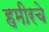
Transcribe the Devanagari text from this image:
हमीरचे